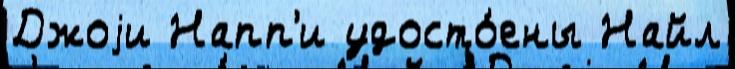
Джоjи Напп'и удосто́ены Найл